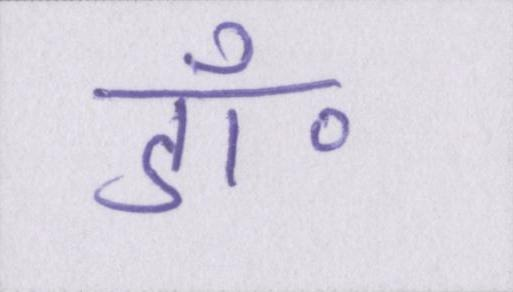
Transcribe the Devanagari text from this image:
डॉ॰